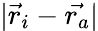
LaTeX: |\vec{r}_{i}-\vec{r_{a}}|